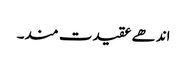
اندھے عقیدت مند۔